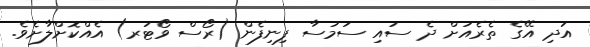
އަދި އޭގެ ތެރެއަށް ދެ ސައި ސަމުސާ ފިނިފެން (ރޯސް ވޯޓަރ) އެއްކޮށްލާށެވެ.